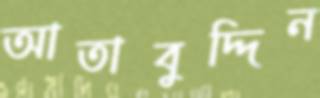
আতাবুদ্দিন